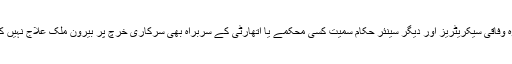
اس کے علاوہ وفاقی سیکریٹریز اور دیگر سینئر حکام سمیت کسی محکمے یا اتھارٹی کے سربراہ بھی سرکاری خرچ پر بیرون ملک علاج نہیں کراسکیں گے۔